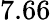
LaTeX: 7.66